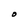
Character: O